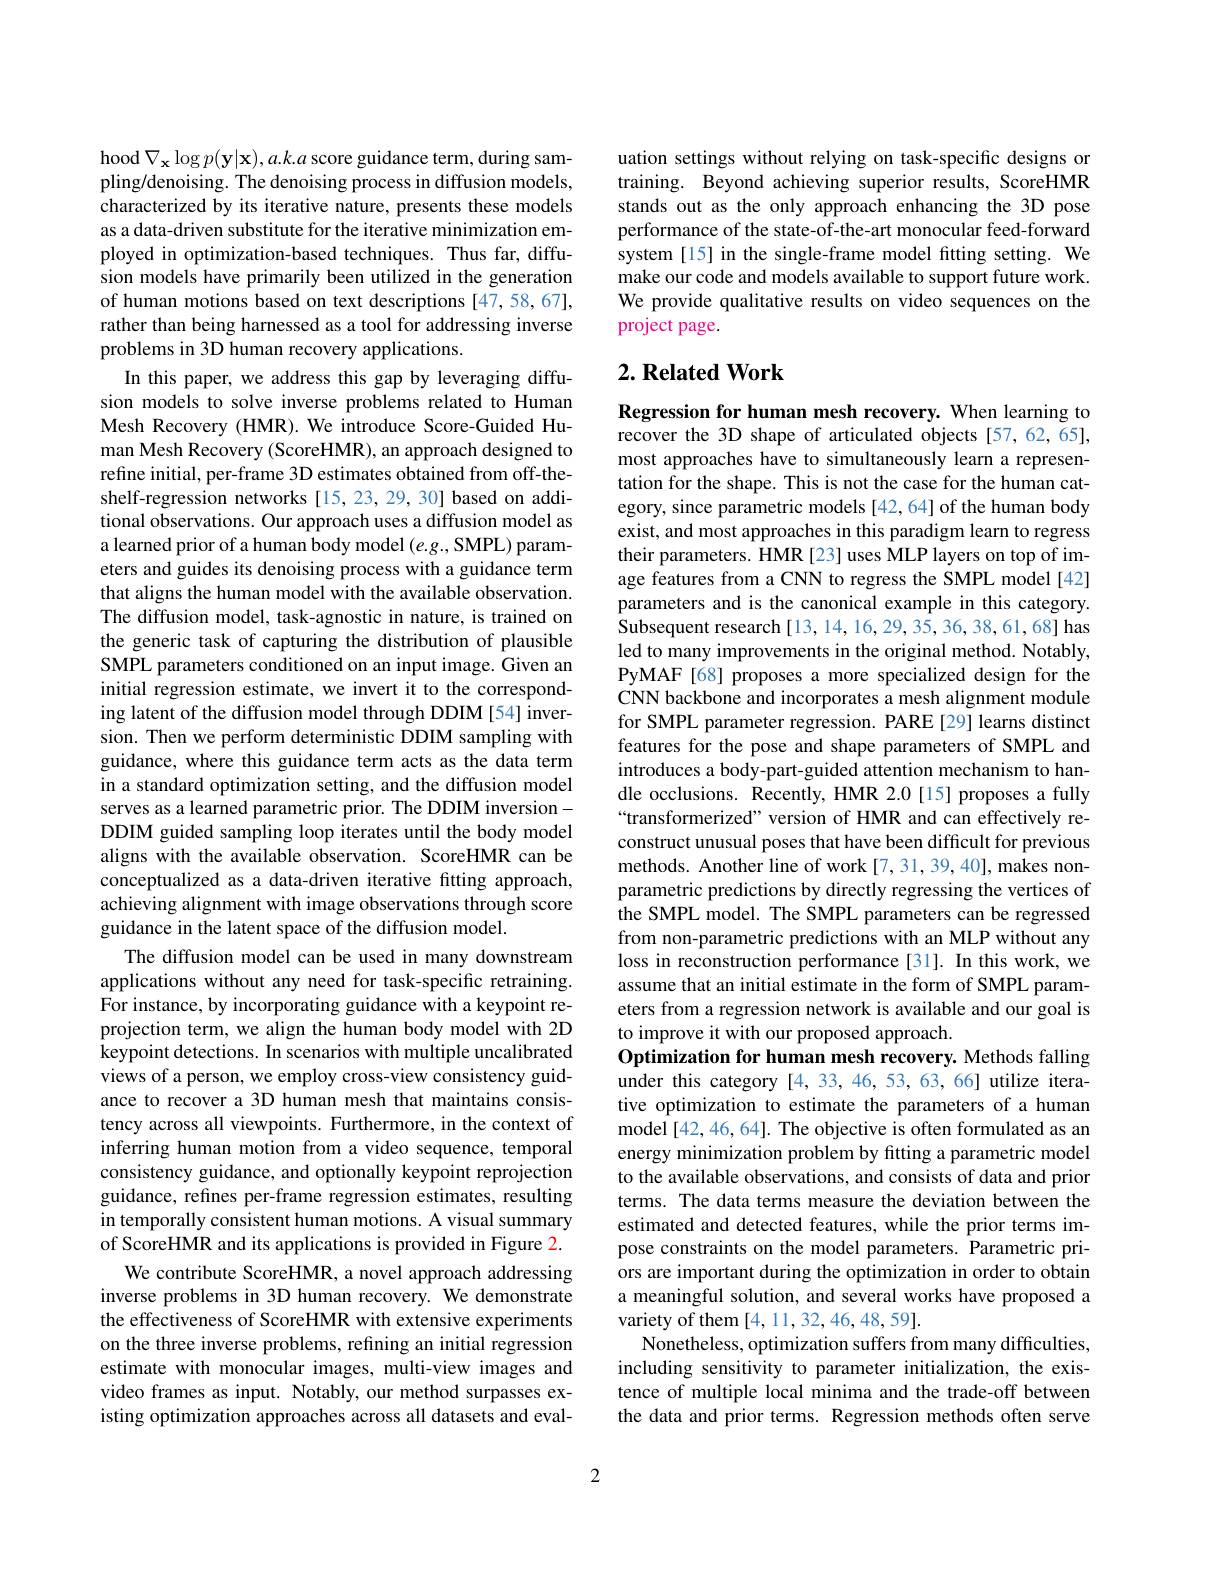
hood $\nabla_{\mathbf{x}}\log p(\mathbf{y}|\mathbf{x}),a.k.a$ score guidance term, during sampling/denoising. The denoising process in diffusion models, characterized by its iterative nature, presents these models as a data-driven substitute for the iterative minimization employed in optimization-based techniques. Thus far, diffusion models have primarily been utilized in the generation of human motions based on text descriptions [47,58,67], rather than being harnessed as a tool for addressing inverse problems in 3D human recovery applications.
In this paper, we address this gap by leveraging diffusion models to solve inverse problems related to Human Mesh Recovery (HMR). We introduce Score-Guided Human Mesh Recovery (ScoreHMR), an approach designed to refine initial, per-frame 3D estimates obtained from off-theshelf-regression networks[15,23,29,30] based on additional observations. Our approach uses a diffusion model as a learned prior of a human body model $(e.g.$, SMPL) parameters and guides its denoising process with a guidance term that aligns the human model with the available observation. The diffusion model, task-agnostic in nature, is trained on the generic task of capturing the distribution of plausible SMPL parameters conditioned on an input image. Given an initial regression estimate, we invert it to the corresponding latent of the diffusion model through DDIM [54] inversion. Then we perform deterministic DDIM sampling with guidance, where this guidance term acts as the data term in a standard optimization setting, and the diffusion model serves as a learned parametric prior. The DDIM inversionDDIM guided sampling loop iterates until the body model aligns with the available observation. ScoreHMR can be conceptualized as a data-driven iterative fitting approach, achieving alignment with image observations through score guidance in the latent space of the diffusion model.
The diffusion model can be used in many downstream applications without any need for task-specific retraining. For instance, by incorporating guidance with a keypoint reprojection term, we align the human body model with 2D keypoint detections. In scenarios with multiple uncalibrated views of a person, we employ cross-view consistency guidance to recover a 3D human mesh that maintains consistency across all viewpoints. Furthermore, in the context of inferring human motion from a video sequence, temporal consistency guidance, and optionally keypoint reprojection guidance, refines per-frame regression estimates, resulting in temporally consistent human motions. A visual summary of ScoreHMR and its applications is provided in Figure 2.
We contribute ScoreHMR, a novel approach addressing inverse problems in 3D human recovery. We demonstrate the effectiveness of ScoreHMR with extensive experiments on the three inverse problems, refining an initial regression estimate with monocular images, multi-view images and video frames as input. Notably, our method surpasses existing optimization approaches across all datasets and eval-

uation settings without relying on task-specific designs or training. Beyond achieving superior results, ScoreHMR stands out as the only approach enhancing the 3D pose performance of the state-of-the-art monocular feed-forward system [15] in the single-frame model fitting setting. We make our code and models available to support future work. We provide qualitative results on video sequences on the project page.

## $2. \textbf{Related Work}$

Regression for human mesh recovery. When learning to recover the 3D shape of articulated objects [57,62,65], most approaches have to simultaneously learn a representation for the shape. This is not the case for the human category, since parametric models [42,64] of the human body exist, and most approaches in this paradigm learn to regress their parameters. HMR [23] uses MLP layers on top of image features from a CNN to regress the SMPL model[42] parameters and is the canonical example in this category. Subsequent research [13, 14, 16, 29, 35, 36, 38, 61, 68] has led to many improvements in the original method. Notably, PyMAF[68] proposes a more specialized design for the CNN backbone and incorporates a mesh alignment module for SMPL parameter regression. PARE[29] learns distinct features for the pose and shape parameters of SMPL and introduces a body-part-guided attention mechanism to handle occlusions. Recently, HMR 2.0[15] proposes a fully “transformerized” version of HMR and can effectively reconstruct unusual poses that have been difficult for previous methods. Another line of work [7,31,39,40], makes nonparametric predictions by directly regressing the vertices of the SMPL model. The SMPL parameters can be regressed from non-parametric predictions with an MLP without any loss in reconstruction performance[31]. In this work, we assume that an initial estimate in the form of SMPL parameters from a regression network is available and our goal is to improve it with our proposed approach.
$\hat{\textbf{Optimization for human mesh recovery. Methods falling}}$ under this category [4,33,46,53,63,66] utilize iterative optimization to estimate the parameters of a human model [42, 46, 64]. The objective is often formulated as an energy minimization problem by fitting a parametric model to the available observations, and consists of data and prior terms. The data terms measure the deviation between the estimated and detected features, while the prior terms impose constraints on the model parameters. Parametric priors are important during the optimization in order to obtain a meaningful solution, and several works have proposed a variety of them [4,11,32,46,48,59].
Nonetheless, optimization suffers from many difficulties, including sensitivity to parameter initialization, the existence of multiple local minima and the trade-off between the data and prior terms. Regression methods often serve

2